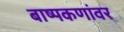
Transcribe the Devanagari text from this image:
बाष्पकणांवर